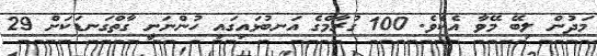
މަދުން ލިބޭ މޭވާ އެކެވެ. 100 ގުރާމްގެ އަނބުޅައިގައި ހުންނަނީ ގާތްގަނޑަކަށް 29